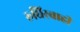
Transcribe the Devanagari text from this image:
रुधिरवाही